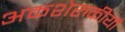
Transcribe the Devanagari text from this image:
अकशेरुकीयों